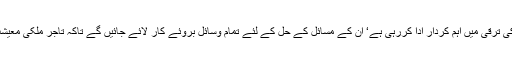
گورنر پنجاب نے کہا کہ تاجر برادری ملک کی ترقی میں اہم کردار ادا کررہی ہے‘ ان کے مسائل کے حل کے لئے تمام وسائل بروئے کار لائے جائیں گے تاکہ تاجر ملکی معیشت کو مضبوط کرنے میں اپنا حصہ ڈال سکیں۔